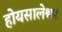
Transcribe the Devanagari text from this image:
होयसालेश्वर